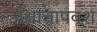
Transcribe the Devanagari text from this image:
पश्चात्तापवश